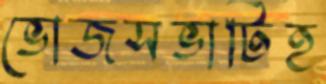
ভোজসভাটিহ